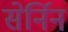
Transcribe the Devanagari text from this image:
सेर्निन